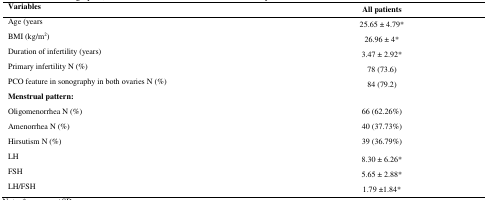
<table><thead><tr><td><b>Variables </b></td><td><b>All patients</b></td></tr></thead><tbody><tr><td>Age (years</td><td>25.65 ± 4.79*</td></tr><tr><td>BMI (kg/m<sup>2</sup>)</td><td>26.96 ± 4*</td></tr><tr><td>Duration of infertility (years)</td><td>3.47 ± 2.92*</td></tr><tr><td>Primary infertility N (%)</td><td>78 (73.6)</td></tr><tr><td>PCO feature in sonography in both ovaries N (%)</td><td>84 (79.2)</td></tr><tr><td><b>Menstrual pattern:</b></td><td></td></tr><tr><td>Oligomenorrhea N (%)</td><td>66 (62.26%)</td></tr><tr><td>Amenorrhea N (%)</td><td>40 (37.73%)</td></tr><tr><td>Hirsutism N (%)</td><td>39 (36.79%)</td></tr><tr><td>LH</td><td>8.30 ± 6.26*</td></tr><tr><td>FSH</td><td>5.65 ± 2.88*</td></tr><tr><td>LH/FSH</td><td>1.79 ±1.84*</td></tr></tbody></table>